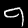
Digit: 9